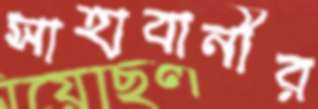
সাহাবানীর